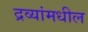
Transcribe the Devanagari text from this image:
द्रव्यांमधील